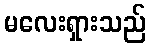
မလေးရှားသည်